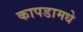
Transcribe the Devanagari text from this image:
कापडामधे